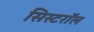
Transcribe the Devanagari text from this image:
सिस्टरॉल